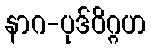
နာဂ-ပုဒ်ဝိဂ္ဂဟ